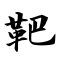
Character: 靶